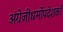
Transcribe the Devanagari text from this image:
अंग्रेज़ीधर्मोपदेशकों